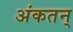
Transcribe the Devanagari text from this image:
अंकतन्